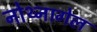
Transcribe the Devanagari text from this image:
नोथ्नागेल